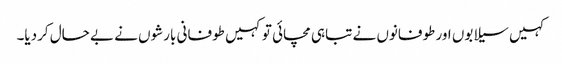
کہیں سیلابوں اور طوفانوں نے تباہی مچائی تو کہیں طوفانی بارشوں نے بے حال کردیا۔